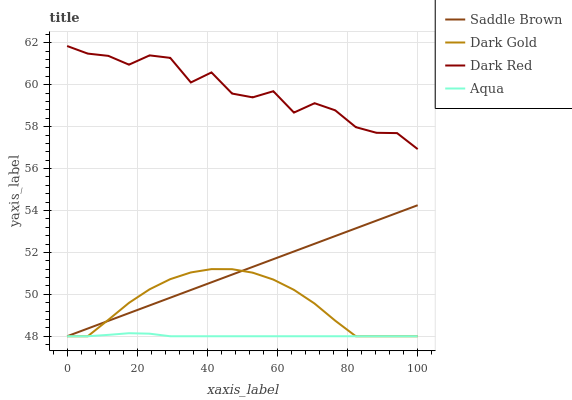
| xaxis_label | Saddle Brown | Dark Gold | Dark Red | Aqua |
 | --- | --- | --- | --- | --- |
 | 0 | 48 | 48 | 61.8 | 48 |
 | 5.88 | 48.4 | 48 | 61.5 | 48 |
 | 11.8 | 48.7 | 48.8 | 61.4 | 48.1 |
 | 17.6 | 49.1 | 49.6 | 61 | 48.1 |
 | 23.5 | 49.5 | 50.2 | 61.4 | 48.1 |
 | 29.4 | 49.8 | 50.7 | 61.3 | 48 |
 | 35.3 | 50.2 | 51 | 60.1 | 48 |
 | 41.2 | 50.6 | 51.2 | 60.6 | 48 |
 | 47.1 | 50.9 | 51.2 | 59.6 | 48 |
 | 52.9 | 51.3 | 51 | 59.4 | 48 |
 | 58.8 | 51.7 | 50.7 | 59.7 | 48 |
 | 64.7 | 52 | 50.2 | 58.7 | 48 |
 | 70.6 | 52.4 | 49.6 | 59.1 | 48 |
 | 76.5 | 52.8 | 48.7 | 58.8 | 48 |
 | 82.4 | 53.1 | 48 | 58 | 48 |
 | 88.2 | 53.5 | 48 | 57.7 | 48 |
 | 94.1 | 53.9 | 48 | 57.7 | 48 |
 | 100 | 54.3 | 48 | 56.9 | 48 |